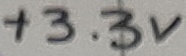
Text: +3.3V